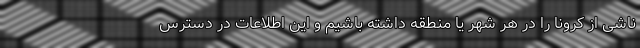
ناشی از کرونا را در هر شهر یا منطقه داشته باشیم و این اطلاعات در دسترس